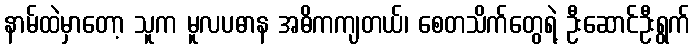
နာမ်ထဲမှာတော့ သူက မူလပဓာန အဓိကကျတယ်၊ စေတသိက်တွေရဲ့ ဦးဆောင်ဦးရွက်